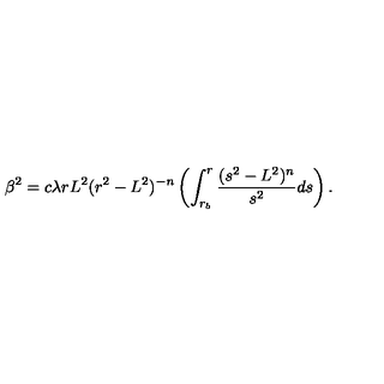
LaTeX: \beta ^ { 2 } = c \lambda r L ^ { 2 } ( r ^ { 2 } - L ^ { 2 } ) ^ { - n } \left( \int _ { r _ { b } } ^ { r } \frac { ( s ^ { 2 } - L ^ { 2 } ) ^ { n } } { s ^ { 2 } } d s \right) .